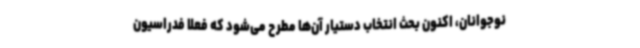
نوجوانان، اکنون بحث انتخاب دستیار آن‌ها مطرح می‌شود که فعلا فدراسیون